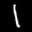
Label: 1